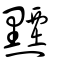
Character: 黫